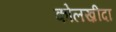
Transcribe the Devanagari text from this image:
कोलख़ीदा